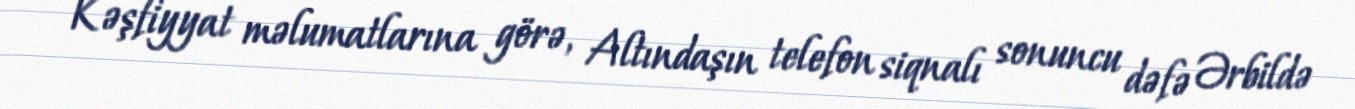
Kəşfiyyat məlumatlarına görə, Altındaşın telefon siqnalı sonuncu dəfə Ərbildə